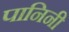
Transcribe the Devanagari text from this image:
पानिनी